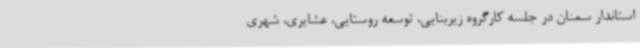
استاندار سمنان در جلسه کارگروه زیربنایی، توسعه روستایی، عشایری، شهری